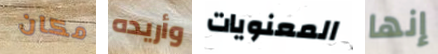
مكان وأريده المعنويات إنها